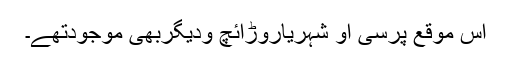
اس موقع پرسی او شہریاروڑائچ ودیگربھی موجودتھے۔